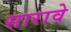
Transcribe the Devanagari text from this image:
सारावे